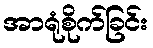
အာရုံစိုက်ခြင်း